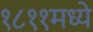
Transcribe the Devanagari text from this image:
१८११मध्ये